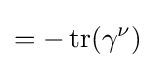
=-\operatorname {tr} (\gamma ^{\nu })